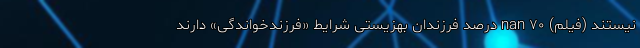
نیستند (فیلم) nan ۷۰ درصد فرزندان بهزیستی شرایط «فرزندخواندگی» دارند